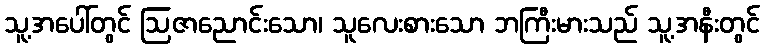
သူ့အပေါ်တွင် ဩဇာညောင်းသော၊ သူလေးစားသော ဘကြီးမားသည် သူ့အနီးတွင်